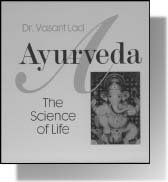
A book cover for Ayurveda: The Science of Life; Vasant Lad; Health, Fitness & Dieting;